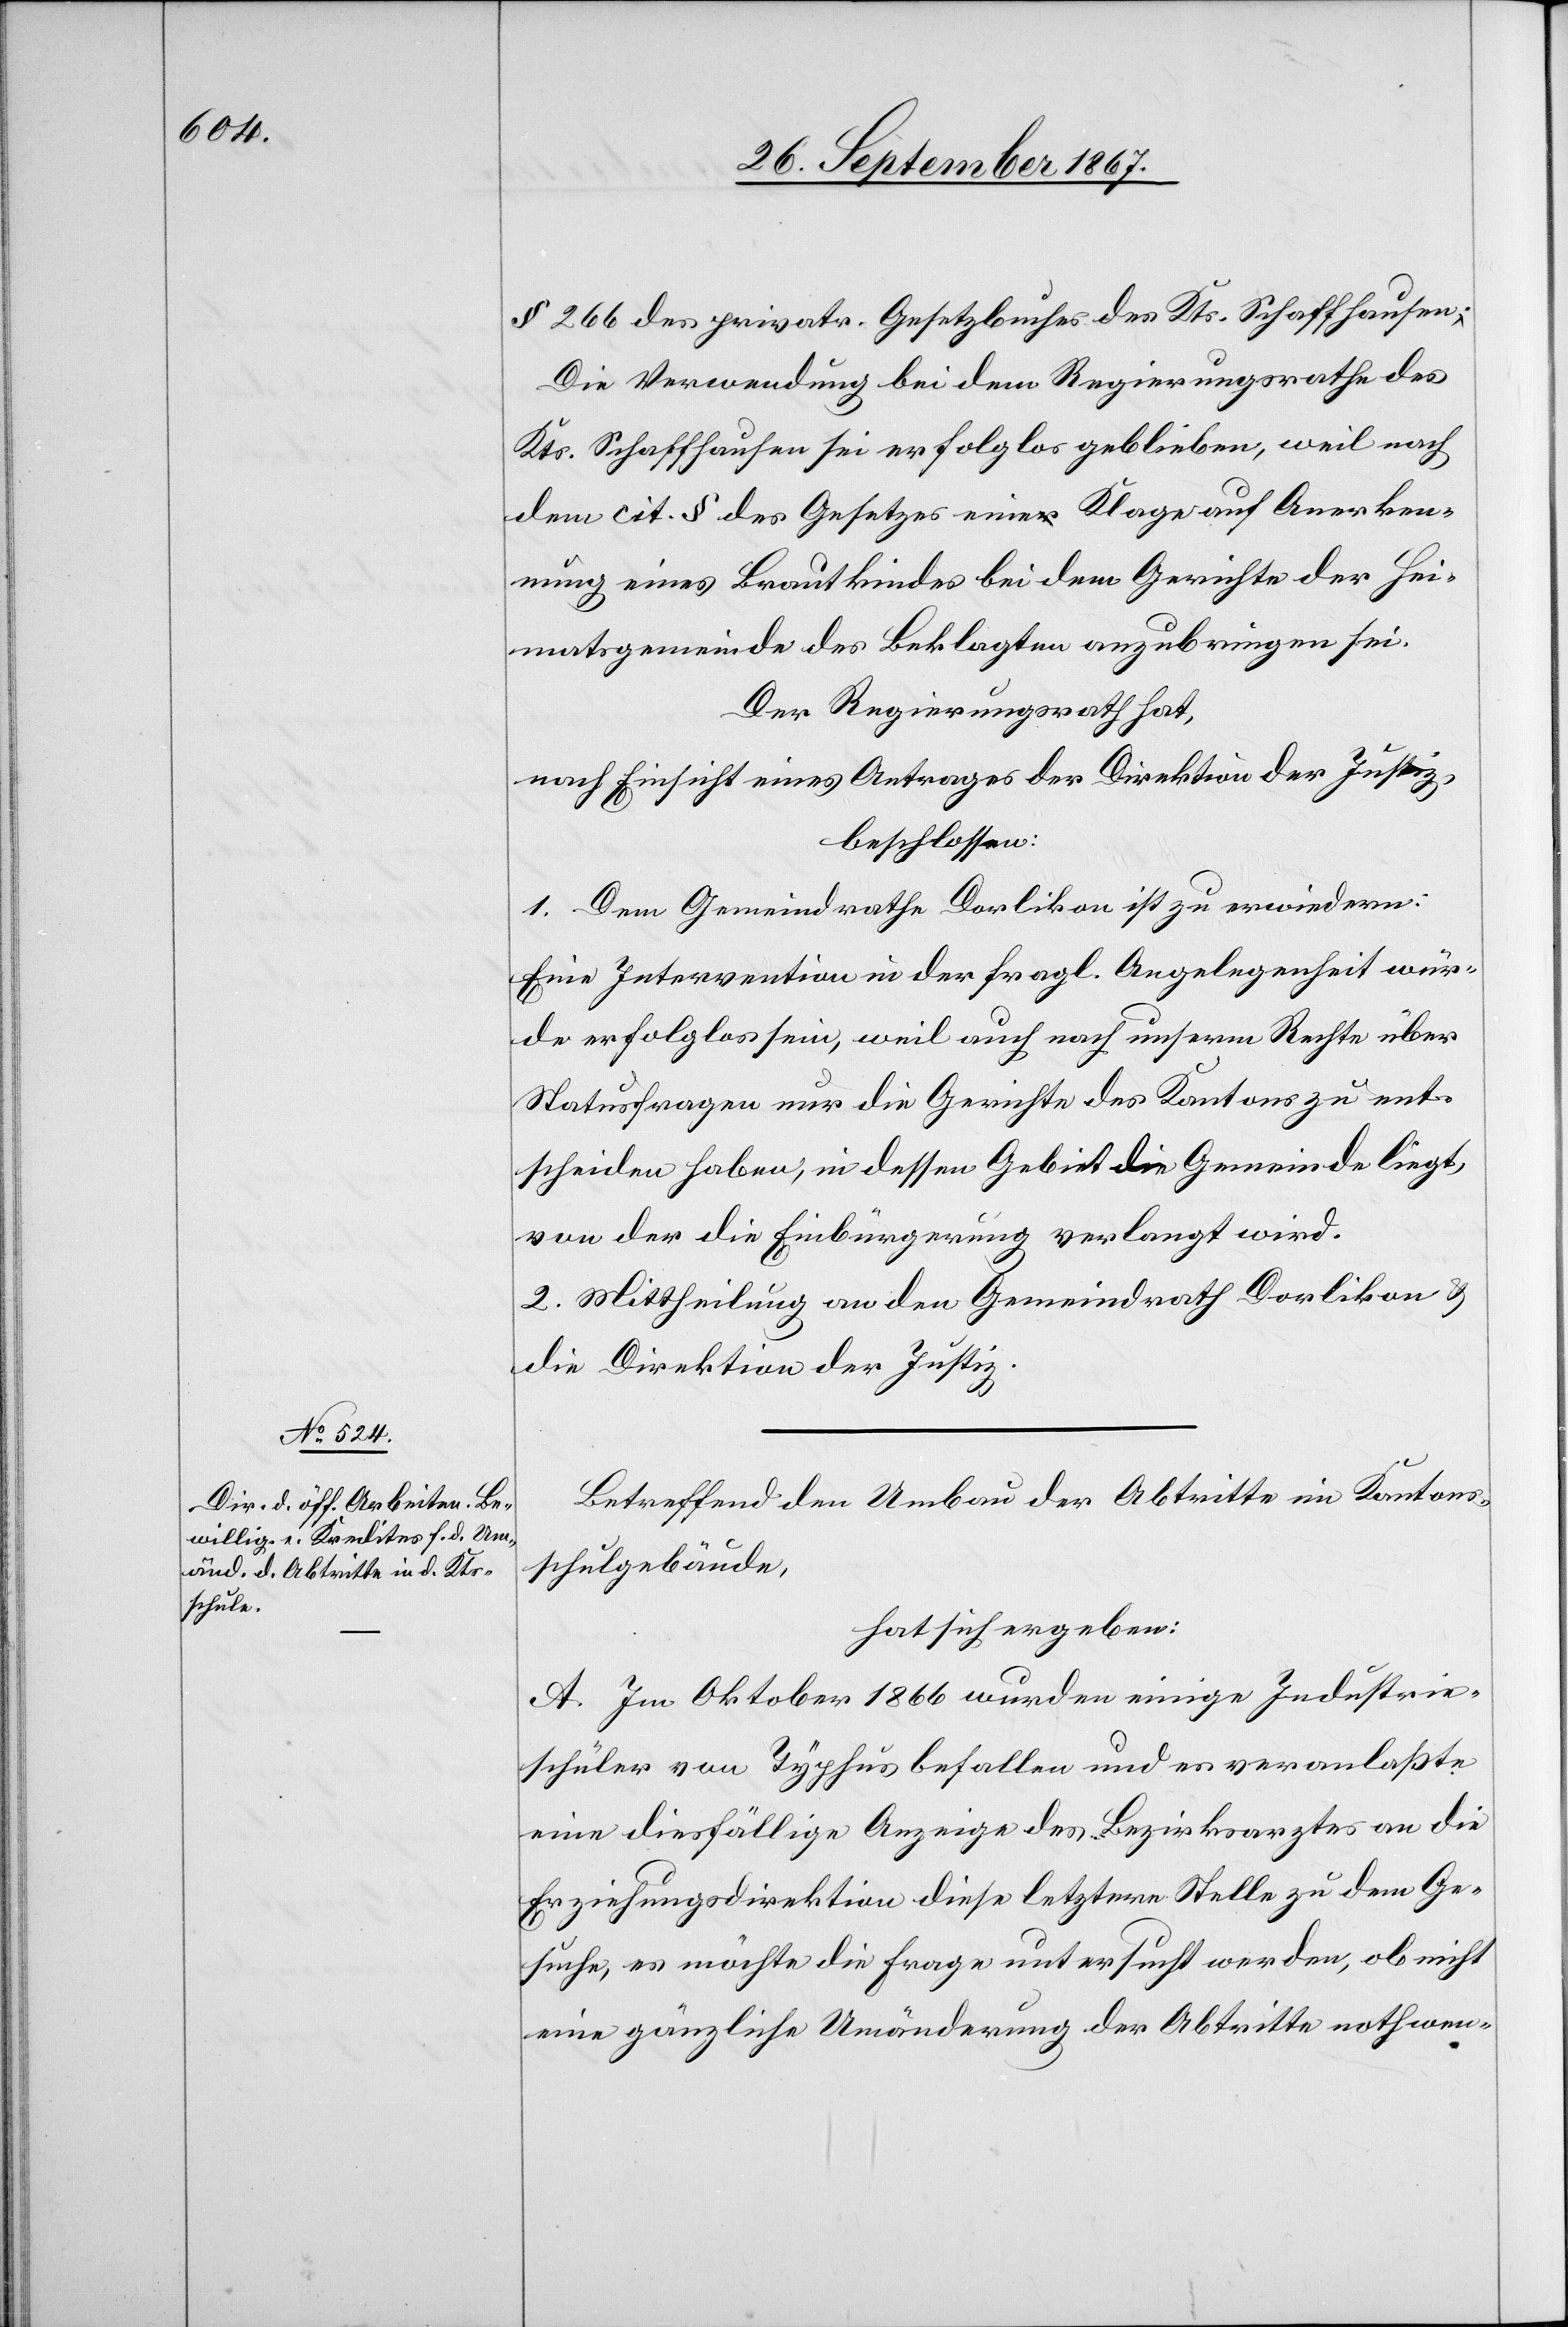
§ 266 des privatr. Gesetzbuches des Kts. Schaffhausen.
Die Verwendung bei dem Regierungsrathe des
Kts. Schaffhausen sei erfolglos geblieben, weil nach
dem cit § des Gesetzes eine Klage auf Anerken¬
nung eines Brautkindes bei dem Gerichte der Hei¬
matsgemeinde des Beklagten anzubringen sei.
Der Regierungsrath hat,
nach Einsicht eines Antrages der Direktion der Justiz,
beschlossen:
1. Dem Gemeindrathe Dorlikon ist zu erwiedern:
Eine Intervention in der fragl. Angelegenheit wür¬
de erfolglos sein, weil auch nach unserm Rechte über
Statusfragen nur die Gerichte des Kantons zu ent¬
scheiden haben, in dessen Gebiet die Gemeinde liegt,
von der die Einbürgerung verlangt wird.
2. Mittheilung an den Gemeindrath Dorlikon u.
die Direktion der Justiz.
Betreffend den Umbau der Abtritte im Kantons¬
schulgebäude,
hat sich ergeben:
A. Im Oktober 1866 wurden einige Industrie¬
schüler von Typhus befallen und es veranlaßte
eine diesfällige Anzeige des Bezirksarztes an die
Erziehungsdirektion diese letztere Stelle zu dem Ge¬
suche, es möchte die Frage untersucht werden, ob nicht
eine gänzliche Umänderung der Abtritte nothwen-